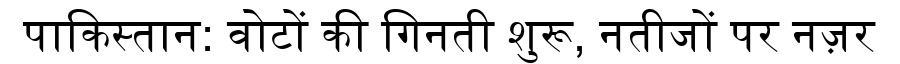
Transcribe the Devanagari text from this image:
पाकिस्तान: वोटों की गिनती शुरू, नतीजों पर नज़र